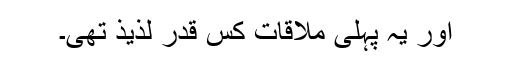
اور یہ پہلی ملاقات کس قدر لذیذ تھی۔